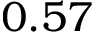
0 . 5 7